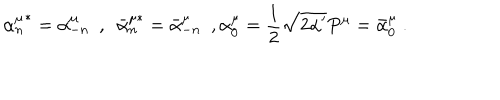
{ \alpha _ { n } ^ { \mu } } ^ { * } = \alpha _ { - n } ^ { \mu } \ \ , \ \ { \bar { \alpha } _ { n } ^ { \mu * } } = \bar { \alpha } _ { - n } ^ { \mu } \ \ , \alpha _ { 0 } ^ { \mu } = \frac { 1 } { 2 } \sqrt { 2 \alpha ^ { \prime } } P ^ { \mu } = \bar { \alpha } _ { 0 } ^ { \mu } \ .